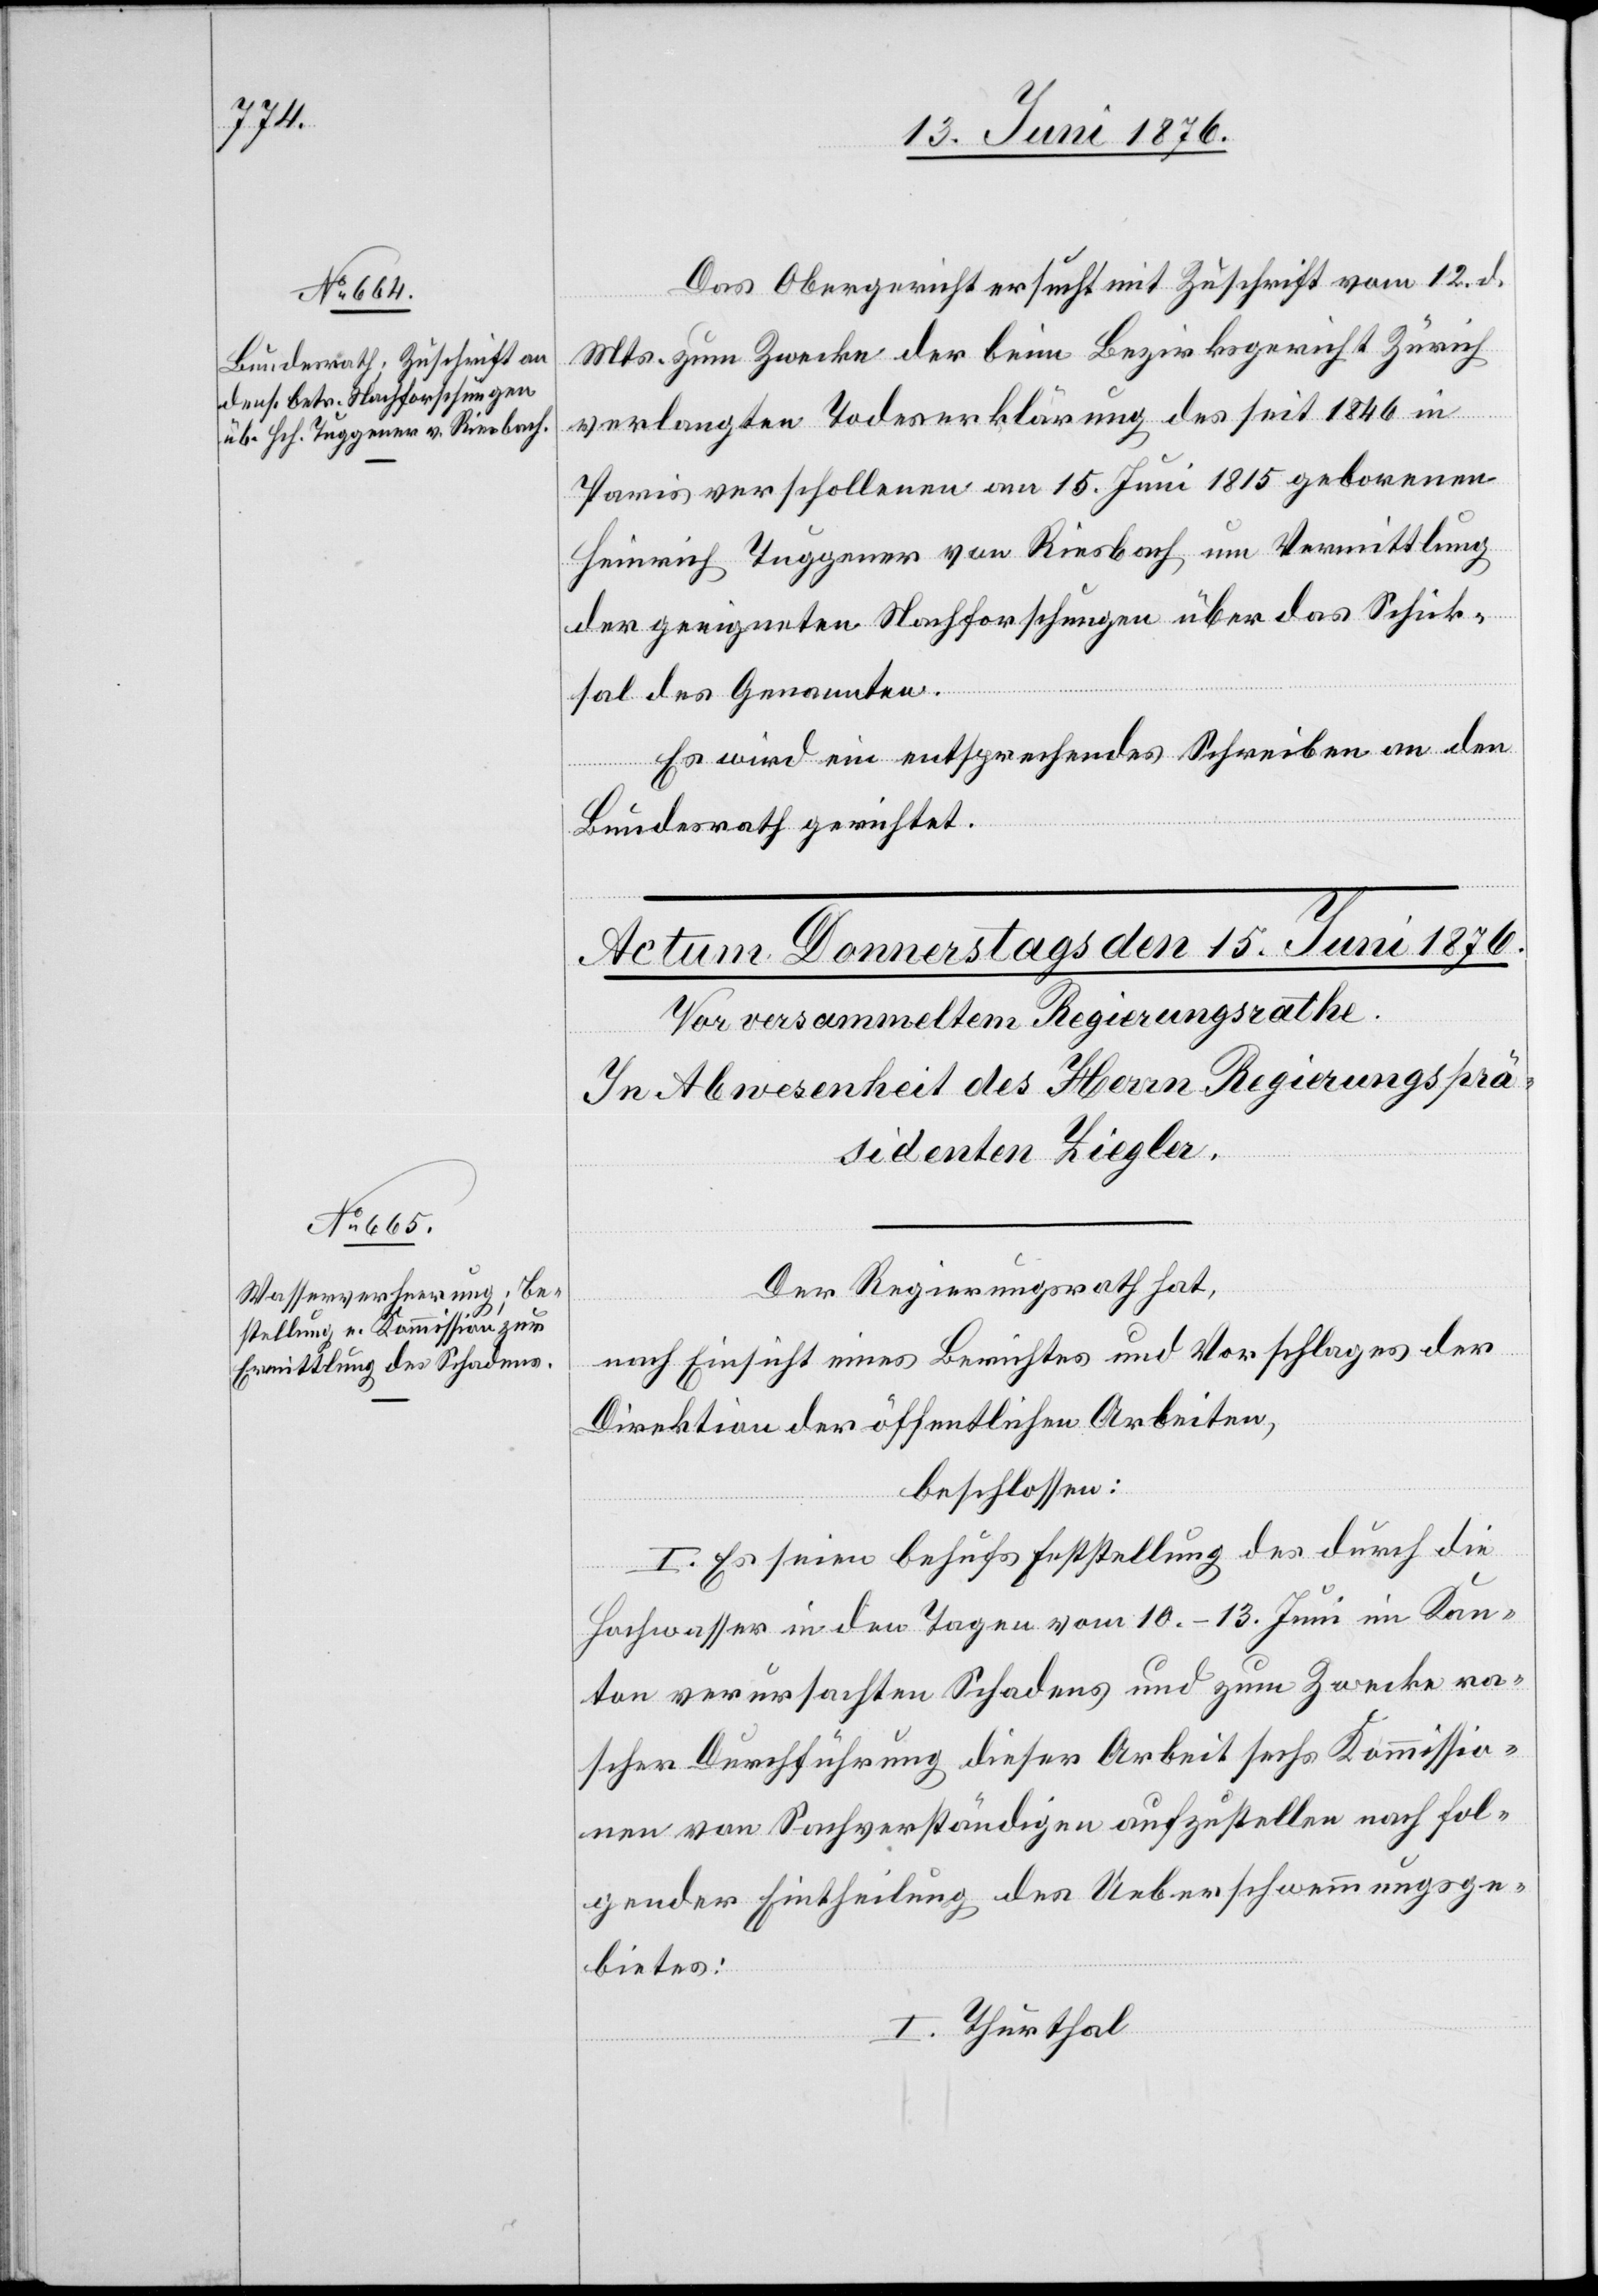
14. Juni 1876.]
Das Obergericht ersucht mit Zuschrift vom 12. d.
Mts. zum Zwecke der beim Bezirksgericht Zürich
verlangten Todeserklärung des seit 1846 in
Paris verschollenen am 15. Juni 1815 geborenen
Heinrich Tuggener von Riesbach, um Vermittlung
der geeigneten Nachforschungen über das Schick¬
sal des Genannten.
Es wir ein entsprechendes Schreiben an den
Bundesrath gerichtet.
Der Regierungsrath hat,
nach Einsicht eines Berichtes und Vorschlages der
Direktion der öffentlichen Arbeiten,
beschlossen:
I. Es seien behufs Feststellung des durch die
Hochwasser in den Tagen vom 10.–13. Juni im Kan¬
ton verursachten Schadens und zum Zwecke ra¬
scher Durchführung dieser Arbeit sechs Kommissio¬
nen von Sachverständigen aufzustellen nach fol¬
gender Eintheilung des Ueberschwemmungsge¬
bietes:
I. Thurthal